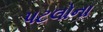
પટલોના